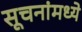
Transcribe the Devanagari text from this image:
सूचनांमध्ये